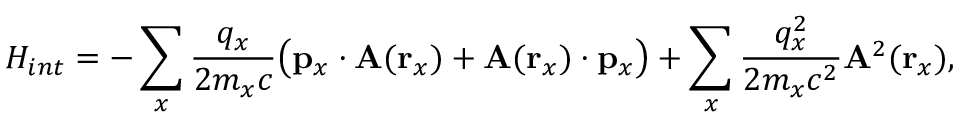
H _ { i n t } = - \sum _ { x } \frac { q _ { x } } { 2 m _ { x } c } \big ( \mathbf { p } _ { x } \cdot \mathbf { A } ( \mathbf { r } _ { x } ) + \mathbf { A } ( \mathbf { r } _ { x } ) \cdot \mathbf { p } _ { x } \big ) + \sum _ { x } \frac { q _ { x } ^ { 2 } } { 2 m _ { x } c ^ { 2 } } \mathbf { A } ^ { 2 } ( \mathbf { r } _ { x } ) ,